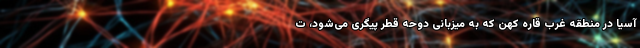
آسیا در منطقه غرب قاره کهن که به میزبانی دوحه قطر پیگری می‌شود، ت